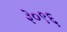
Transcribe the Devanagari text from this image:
३०९६